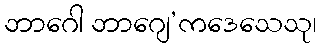
ဘာဂေါ ဘာဂျေ’ကဒေသေသု၊